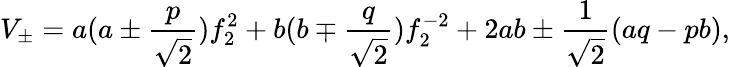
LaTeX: V_{\pm}=a(a\pm\frac{p}{\sqrt{2}})f_{2}^{2}+b(b\mp\frac{q}{\sqrt{2}})f_{2}^{-2}+2ab\pm\frac{1}{\sqrt{2}}(aq-pb),